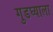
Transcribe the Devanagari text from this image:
गुडघ्याला